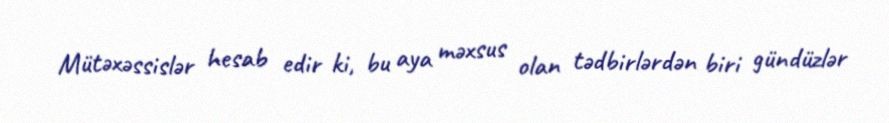
Mütəxəssislər hesab edir ki, bu aya məxsus olan tədbirlərdən biri gündüzlər